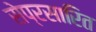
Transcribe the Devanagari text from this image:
सेप्रसारित